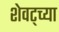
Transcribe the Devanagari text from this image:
शेवट्च्या